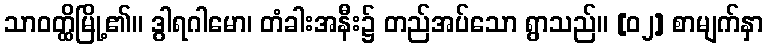
သာဝတ္ထိမြို့၏။ ဒွါရဂါမော၊ တံခါးအနီး၌ တည်အပ်သော ရွာသည်။ [၀၂] စာမျက်နှာ